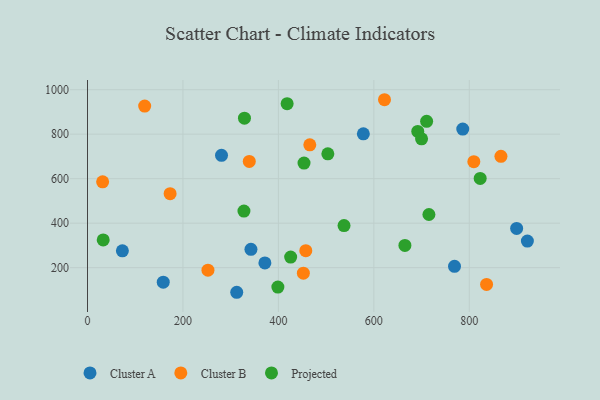
{"axis": {"x": "Distance", "y": "Exam Score"}, "legend": ["Cluster A", "Cluster B", "Projected"], "data": [{"x": "899.2", "y": 376.3, "type": "Cluster A"}, {"x": "312.7", "y": 89.3, "type": "Cluster A"}, {"x": "280.8", "y": 705.0, "type": "Cluster A"}, {"x": "342.5", "y": 282.4, "type": "Cluster A"}, {"x": "769.0", "y": 206.0, "type": "Cluster A"}, {"x": "158.7", "y": 134.8, "type": "Cluster A"}, {"x": "371.7", "y": 221.2, "type": "Cluster A"}, {"x": "921.7", "y": 319.5, "type": "Cluster A"}, {"x": "786.3", "y": 823.1, "type": "Cluster A"}, {"x": "73.1", "y": 275.6, "type": "Cluster A"}, {"x": "578.0", "y": 801.7, "type": "Cluster A"}, {"x": "457.4", "y": 276.4, "type": "Cluster B"}, {"x": "339.0", "y": 677.8, "type": "Cluster B"}, {"x": "836.2", "y": 124.4, "type": "Cluster B"}, {"x": "252.4", "y": 188.5, "type": "Cluster B"}, {"x": "452.3", "y": 175.2, "type": "Cluster B"}, {"x": "465.8", "y": 752.2, "type": "Cluster B"}, {"x": "119.8", "y": 926.4, "type": "Cluster B"}, {"x": "173.1", "y": 532.6, "type": "Cluster B"}, {"x": "622.3", "y": 955.0, "type": "Cluster B"}, {"x": "31.7", "y": 585.8, "type": "Cluster B"}, {"x": "866.3", "y": 700.6, "type": "Cluster B"}, {"x": "809.5", "y": 676.6, "type": "Cluster B"}, {"x": "665.1", "y": 299.8, "type": "Projected"}, {"x": "692.0", "y": 812.6, "type": "Projected"}, {"x": "328.9", "y": 872.1, "type": "Projected"}, {"x": "32.9", "y": 324.5, "type": "Projected"}, {"x": "715.4", "y": 439.0, "type": "Projected"}, {"x": "822.8", "y": 601.2, "type": "Projected"}, {"x": "700.0", "y": 779.4, "type": "Projected"}, {"x": "425.7", "y": 247.6, "type": "Projected"}, {"x": "418.3", "y": 937.4, "type": "Projected"}, {"x": "710.6", "y": 858.0, "type": "Projected"}, {"x": "503.6", "y": 711.8, "type": "Projected"}, {"x": "398.9", "y": 112.5, "type": "Projected"}, {"x": "327.8", "y": 454.2, "type": "Projected"}, {"x": "453.7", "y": 670.0, "type": "Projected"}, {"x": "537.5", "y": 389.0, "type": "Projected"}]}